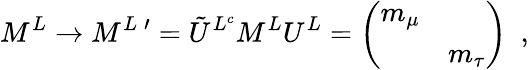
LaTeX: M^{L}\rightarrow M^{L}\, ^{\prime}=\tilde{U}^{L^{c}}M^{L}U^{L}=\left(\begin{array}{cc}{{m_{\mu}}}&{{}}\\ {{}}&{{m_{\tau}}}\end{array}\right)\ \ ,